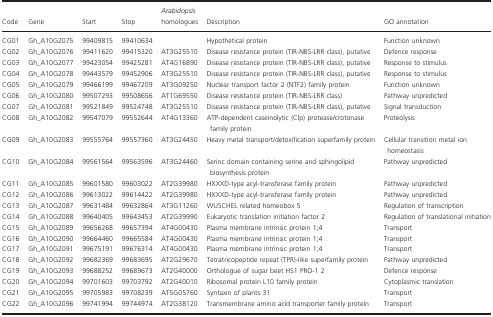
<table><thead><tr><td><b>Code</b></td><td><b>Gene</b></td><td><b>Start</b></td><td><b>Stop</b></td><td><b><i>Arabidopsis</i> homologues</b></td><td><b>Description</b></td><td><b>GO annotation</b></td></tr></thead><tbody><tr><td>CG01</td><td>Gh_A10G2075</td><td>99409815</td><td>99410634</td><td></td><td>Hypothetical protein</td><td>Function unknown</td></tr><tr><td>CG02</td><td>Gh_A10G2076</td><td>99411620</td><td>99415320</td><td>AT3G25510</td><td>Disease resistance protein (TIR‐NBS‐LRR class), putative</td><td>Defence response</td></tr><tr><td>CG03</td><td>Gh_A10G2077</td><td>99423054</td><td>99425281</td><td>AT4G16890</td><td>Disease resistance protein (TIR‐NBS‐LRR class), putative</td><td>Response to stimulus</td></tr><tr><td>CG04</td><td>Gh_A10G2078</td><td>99443579</td><td>99452906</td><td>AT3G25510</td><td>Disease resistance protein (TIR‐NBS‐LRR class), putative</td><td>Response to stimulus</td></tr><tr><td>CG05</td><td>Gh_A10G2079</td><td>99466199</td><td>99467209</td><td>AT3G09250</td><td>Nuclear transport factor 2 (NTF2) family protein</td><td>Function unknown</td></tr><tr><td>CG06</td><td>Gh_A10G2080</td><td>99507293</td><td>99508656</td><td>AT1G69550</td><td>Disease resistance protein (TIR‐NBS‐LRR class)</td><td>Pathway unpredicted</td></tr><tr><td>CG07</td><td>Gh_A10G2081</td><td>99521849</td><td>99524748</td><td>AT3G25510</td><td>Disease resistance protein (TIR‐NBS‐LRR class), putative</td><td>Signal transduction</td></tr><tr><td>CG08</td><td>Gh_A10G2082</td><td>99547079</td><td>99552644</td><td>AT4G13360</td><td>ATP‐dependent caseinolytic (Clp) protease/crotonase family protein</td><td>Proteolysis</td></tr><tr><td>CG09</td><td>Gh_A10G2083</td><td>99555764</td><td>99557360</td><td>AT3G24450</td><td>Heavy metal transport/detoxification superfamily protein</td><td>Cellular transition metal ion homeostasis</td></tr><tr><td>CG10</td><td>Gh_A10G2084</td><td>99561564</td><td>99563596</td><td>AT3G24460</td><td>Serinc domain containing serine and sphingolipid biosynthesis protein</td><td>Pathway unpredicted</td></tr><tr><td>CG11</td><td>Gh_A10G2085</td><td>99601580</td><td>99603022</td><td>AT2G39980</td><td>HXXXD‐type acyl‐transferase family protein</td><td>Pathway unpredicted</td></tr><tr><td>CG12</td><td>Gh_A10G2086</td><td>99613022</td><td>99614422</td><td>AT2G39980</td><td>HXXXD‐type acyl‐transferase family protein</td><td>Pathway unpredicted</td></tr><tr><td>CG13</td><td>Gh_A10G2087</td><td>99631484</td><td>99632864</td><td>AT3G11260</td><td>WUSCHEL related homeobox 5</td><td>Regulation of transcription</td></tr><tr><td>CG14</td><td>Gh_A10G2088</td><td>99640405</td><td>99643453</td><td>AT2G39990</td><td>Eukaryotic translation initiation factor 2</td><td>Regulation of translational initiation</td></tr><tr><td>CG15</td><td>Gh_A10G2089</td><td>99656268</td><td>99657394</td><td>AT4G00430</td><td>Plasma membrane intrinsic protein 1;4</td><td>Transport</td></tr><tr><td>CG16</td><td>Gh_A10G2090</td><td>99664460</td><td>99665584</td><td>AT4G00430</td><td>Plasma membrane intrinsic protein 1;4</td><td>Transport</td></tr><tr><td>CG17</td><td>Gh_A10G2091</td><td>99675191</td><td>99676314</td><td>AT4G00430</td><td>Plasma membrane intrinsic protein 1;4</td><td>Transport</td></tr><tr><td>CG18</td><td>Gh_A10G2092</td><td>99682369</td><td>99683695</td><td>AT2G29670</td><td>Tetratricopeptide repeat (TPR)‐like superfamily protein</td><td>Pathway unpredicted</td></tr><tr><td>CG19</td><td>Gh_A10G2093</td><td>99688252</td><td>99689673</td><td>AT2G40000</td><td>Orthologue of sugar beet HS1 PRO‐1 2</td><td>Defence response</td></tr><tr><td>CG20</td><td>Gh_A10G2094</td><td>99701603</td><td>99703792</td><td>AT2G40010</td><td>Ribosomal protein L10 family protein</td><td>Cytoplasmic translation</td></tr><tr><td>CG21</td><td>Gh_A10G2095</td><td>99705983</td><td>99708239</td><td>AT5G05760</td><td>Syntaxin of plants 31</td><td>Transport</td></tr><tr><td>CG22</td><td>Gh_A10G2096</td><td>99741994</td><td>99744974</td><td>AT2G38120</td><td>Transmembrane amino acid transporter family protein</td><td>Transport</td></tr></tbody></table>